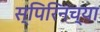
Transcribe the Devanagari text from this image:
स्पिरिनच्या